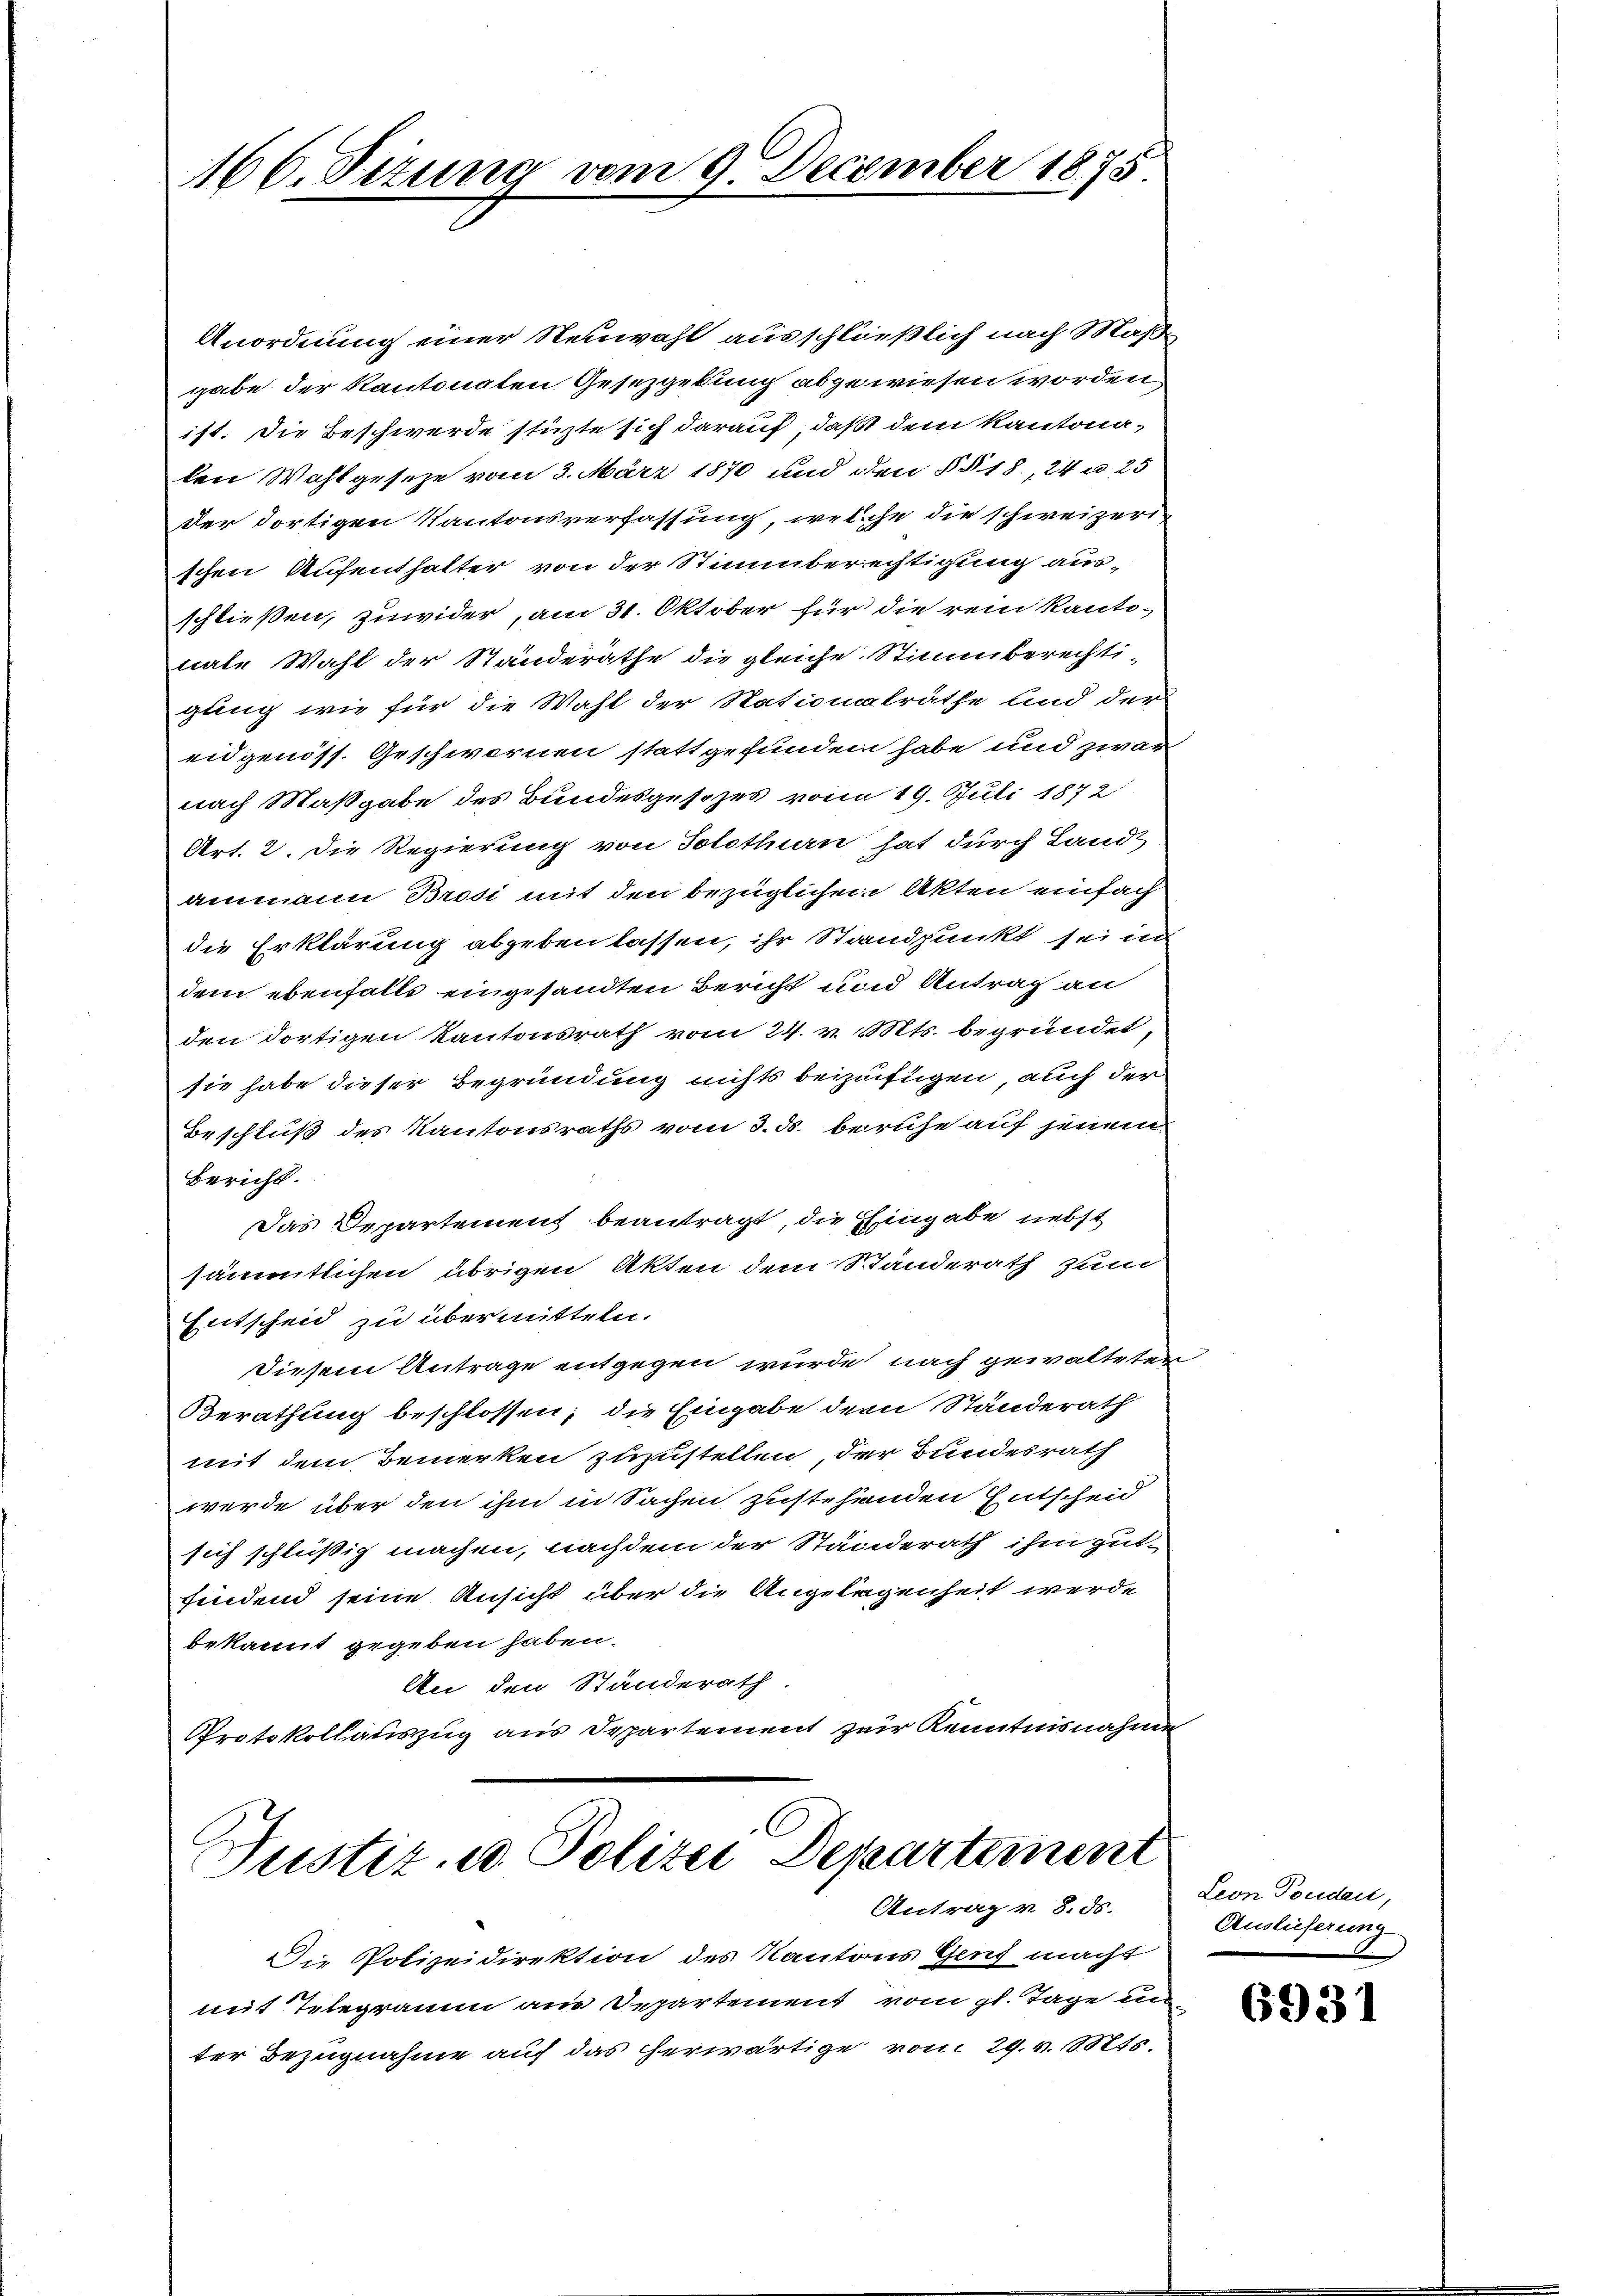
166. Sitzung vom 9. December 1875

Anordnung einer Neuwahl ausschließlich nach Maß-
gabe der Kantonaten Gesezgerung abgewiesen worden,
ist. Die Beschwerde stürzte sich darauf, daß dem Kantonaden Wahlgesetze vom 3. März 1870 und den §§ 18, 24 u. 25
der dortigen Kantonsverfassung, welche die schweizerischen Aufenthalter von der Stimmberechtigung ausschließen, zuwider, am 31. Oktober für die rein kanti-
nale Wahl der Standeräthe die gleiche Stimmberechti-
gung wie für die Wahl der Nationalräthe und der
eidgenöss. Geschwernen stattgefunden habe und zwar
nach Maßgabe des Bundesgesezes vom 19. Juli 1872
Art. 2. Die Regierung von Solothurn hat durch Landt
ammann Brosi mit den bezüglichen Akten einfach
die Erklärung abgeben lassen, ihr Standpunkt sei in
dem ebenfalls eingesandten Bericht und Antrag an
den dortigen Kantonsrath vom 24. v. Mts. begründet,
sie habe dieser Begründung nichts beizufügen, auch der
Beschluß des Kantonsraths vom 3. ds. beruhe auf jenem
Bericht.
Das Departement beantragt, die Eingabe nebst
sämmtlichen übrigen Akten dem Standerath zum
Entscheid zu übermitteln.
Diesem Antrage entgegen wurde nach gewalteter
Berathung beschlossen, die Eingabe dem Ständerath
mit dem Bemerken zuzustellen der Bundesrath
werde über den ihm in Sachen zustehenden Entscheid
sich schlüßig machen, nachdem der Ständerath ihm gut-
findend seine Ansicht über die Angelegenheit werde
bekannt gegeben haben.
An den Standerath
Protokollauszug aus Departement zur Kenntnisnahme

Justiz- u Polizei Departement
Antrag v. 8. ds.

Die Polizeidirektion des Kantons Gens macht
mit Telegramm am Departement vom gl. Tage in
ter Bezugnahme auf das herwärtige vom 29. v. 1815.

Leon Pondau,
Auslieferung

6931